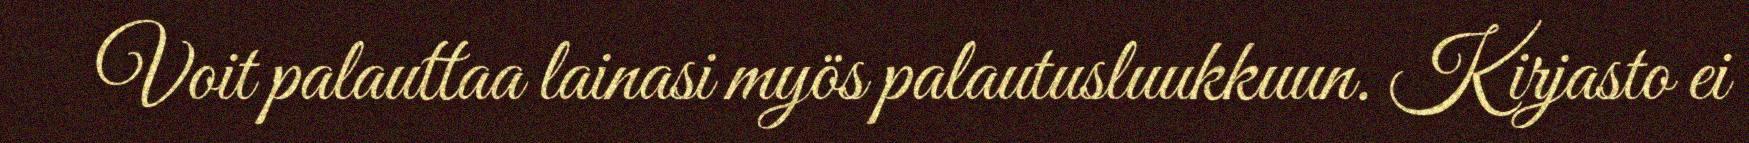
Voit palauttaa lainasi myös palautusluukkuun. Kirjasto ei